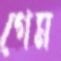
গেম